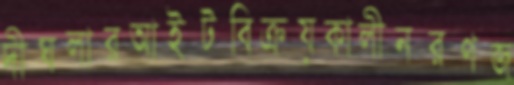
দীঘলারআইটবিক্রয়কালীনরণজ